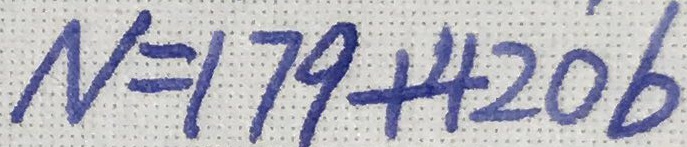
N = 1 7 9 + 4 2 0 b